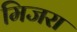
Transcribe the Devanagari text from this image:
मिजरा